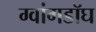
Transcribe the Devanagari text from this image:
ग्वांगडॉघ